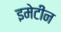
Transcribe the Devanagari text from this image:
इमेटीन